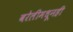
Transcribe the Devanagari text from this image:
बरेलीमधूनही